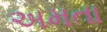
અમતા